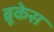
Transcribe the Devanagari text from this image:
ब्रूकेस